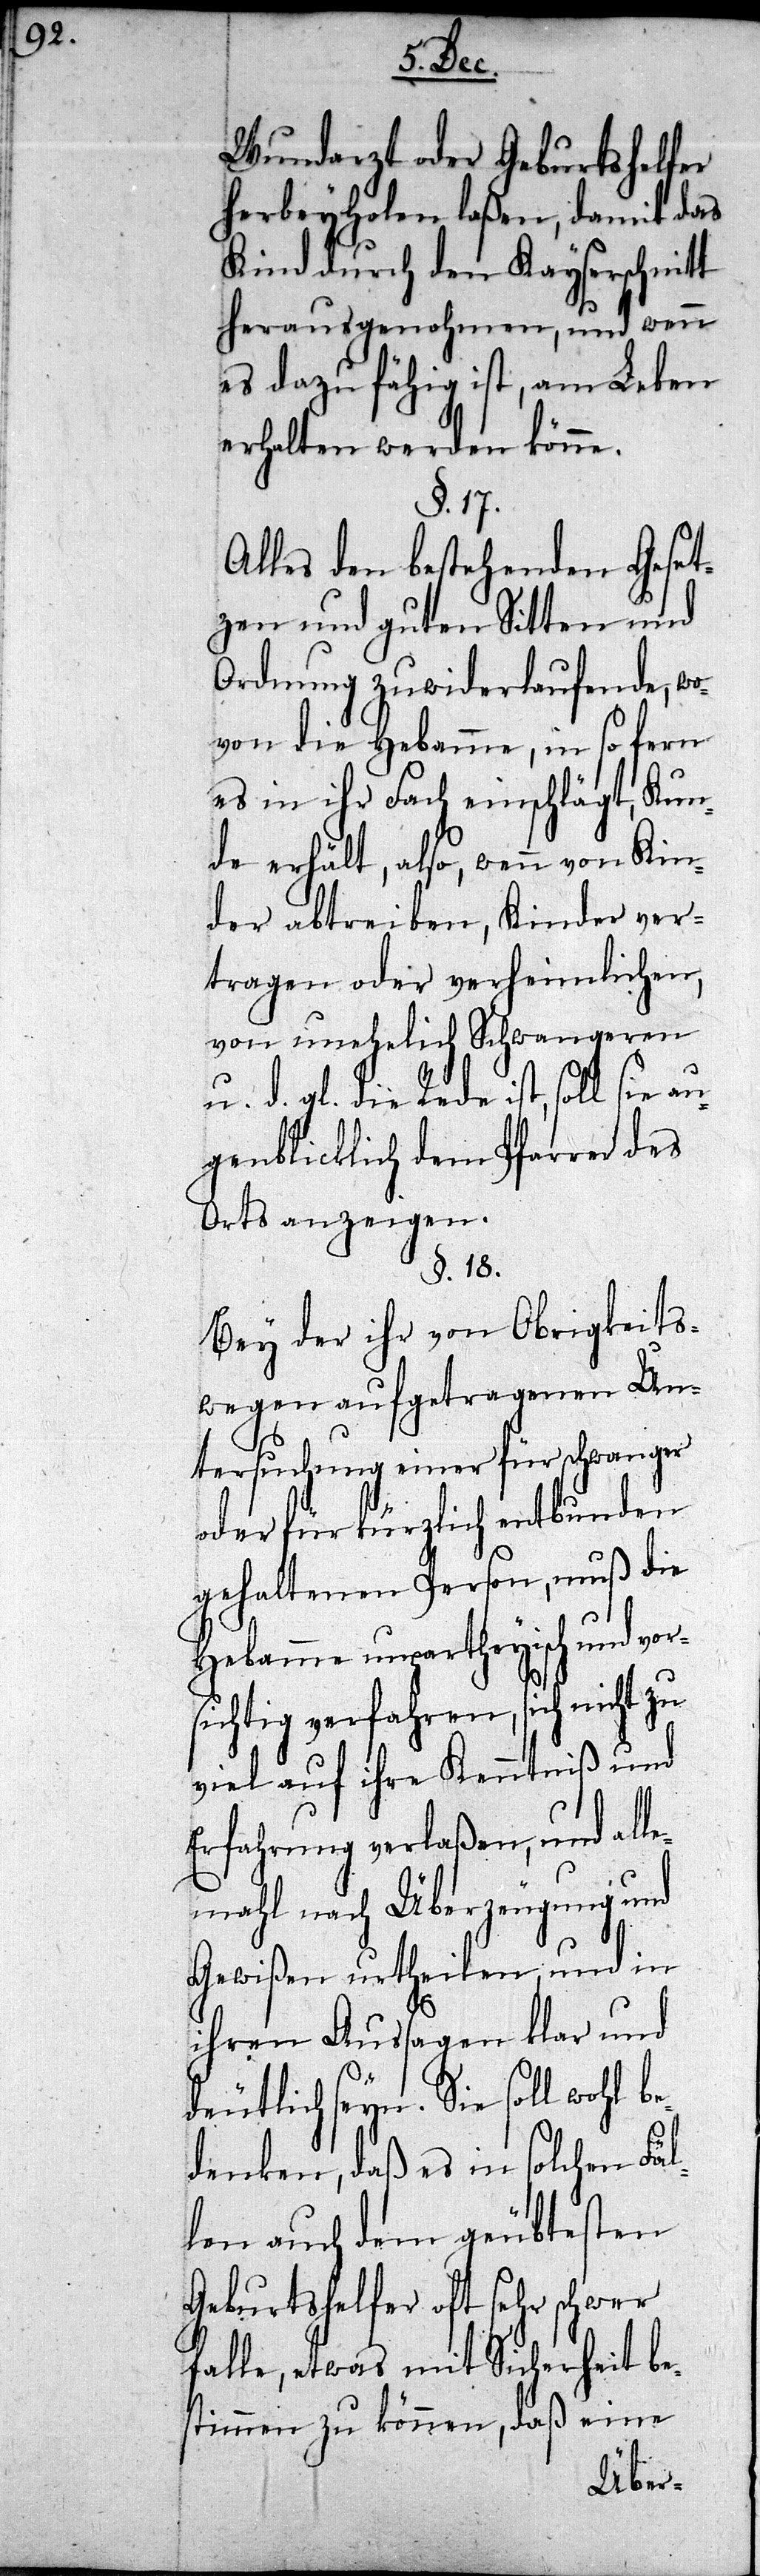
sie au¬
Wundarzt oder Geburtshelfer
herbeyholen laßen, damit das
Kind durch den Kayserschnitt
herausgenohmen, und wenn
es dazu fähig ist, am Leben
erhalten werden könne.
§. 17.
Alles den bestehenden Geset¬
zen und guten Sitten und
Ordnung zuwiderlaufende, wo¬
von die Hebamme, in so fern
es in ihr Fach einschlägt, Kun¬
de erhält, also, wenn von Kin¬
der abtreiben, Kinder ver¬
tragen oder verheimlichen,
von unehelich Schwangeren
u. d. gl. die Rede ist, soll
genblicklich dem Pfarrer des
Orts anzeigen.
§. 18.
Bey der ihr von Obrigkeits¬
wegen aufgetragenen Un¬
tersuchung einer für schwanger
oder für kürzlich entbunden
gehaltenen Person, muß die
Hebamme unpartheyisch und vor¬
sichtig verfahren, sich nicht zu
viel auf ihre Kenntniß und
Erfahrung verlaßen, und all¬
emahl nach Überzeugung und
Gewißen urtheilen, und in
ihren Aussagen klar und
deutlich seyn. Sie soll wohl
denken, daß es in solchen Fäl¬
len auch dem geübtesten
Geburtshelfer oft sehr schwer
falle, etwas mit Sicherheit be¬
stimmen zu können, daß eine
be¬